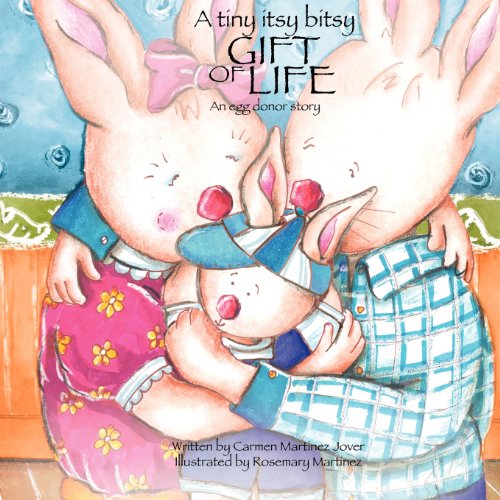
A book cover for A Tiny Itsy Bitsy Gift of Life, an Egg Donor Story for Boys; Carmen Martinez Jover; Parenting & Relationships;